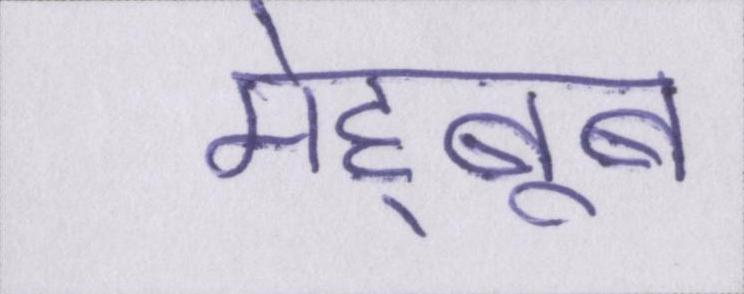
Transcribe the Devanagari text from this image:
मेह्बूब